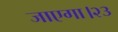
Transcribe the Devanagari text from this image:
जाएगा।२३